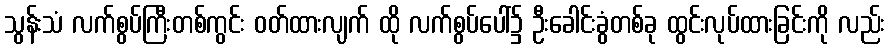
သွန်းသံ လက်စွပ်ကြီးတစ်ကွင်း ဝတ်ထားလျက် ထို လက်စွပ်ပေါ်၌ ဦးခေါင်းခွံတစ်ခု ထွင်းလုပ်ထားခြင်းကို လည်း